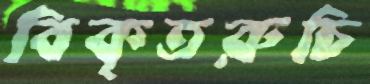
বিকৃতরুচি